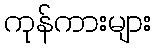
ကုန်ကားများ